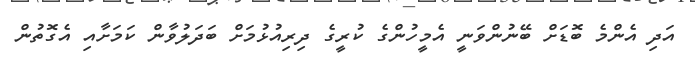
އަދި އެންމެ ބޮޑަށް ބޭނުންވަނީ އެމީހުންގެ ކުރީގެ ދިރިއުޅުމަށް ބަދަލުވާން ކަމަށާއި އެގޮތުން